Vaccination North-Western Provinces 1866-1877 - 1866-1877
Year: 1866
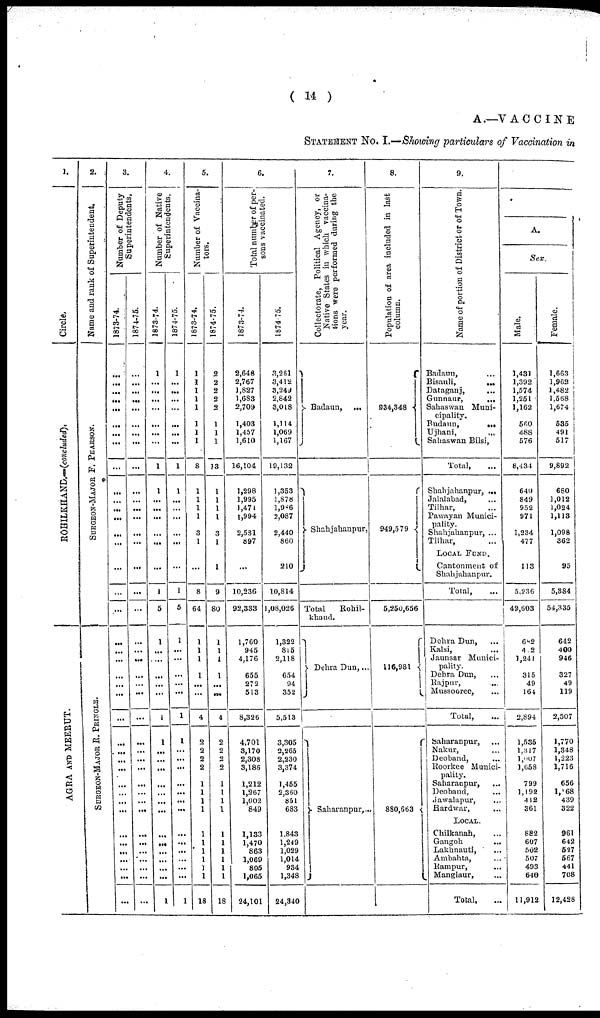
( 14 )
A—VACCINE
STATEMENT No. I.—Showing particulars of Vaccination in
1.
Circle.
ROHILKHAND.—(concluded).
AGRA AND MEERUT.
2.
Name and rank of Superintendent.
SURGEON-MAJOR F. PEARSON.
SURGEON-MAJOR R. PRINGLE.
3.
Number of Deputy
Superintendents,
1873-74.
...
...
...
...
...
...
...
...
...
...
...
...
...
...
...
...
...
...
...
...
...
...
...
...
...
...
...
...
...
...
...
...
...
...
...
...
...
...
...
...
1874-75.
...
...
...
...
...
...
...
...
...
...
...
...
...
...
...
...
...
...
...
...
...
...
...
...
...
...
...
...
...
...
...
...
...
...
...
...
...
...
...
...
4.
Number of Native
Superintendents.
1873-74.
1
...
...
...
...
...
...
...
1
1
...
...
...
...
...
...
1
5
1
...
...
...
...
...
1
1
...
...
...
...
...
...
...
...
...
...
...
...
...
1
1874-75.
1
...
...
...
...
...
...
...
1
1
...
...
...
...
...
...
1
5
1
...
...
...
...
...
1
1
...
...
...
...
...
...
...
...
...
...
...
...
...
1
5.
Number of Vaccina¬
tors.
1873-74.
1
1
1
1
1
1
1
1
8
1
1
1
1
3
1
...
8
64
1
1
1
1
...
...
4
2
2
2
2
1
1
1
1
1
1
1
1
1
1
18
1874-75.
2
2
2
2
2
1
1
1
13
1
1
1
1
3
1
1
9
80
1
1
1
1
...
...
4
2
2
2
2
1
1
1
1
1
1
1
1
1
1
18
6.
Total number of per-
sons vaccinated.
1873-74.
2,648
2,767
1,827
1,683
2,709
1,403
1,457
1,610
16,104
1,298
1,995
1,471
1,994
2,531
897
...
10,236
92,333
1,760
945
4,176
655
27 2
513
8,326
4,701
3,170
2,308
3,186
1,212
1,267
1,002
849
1,133
1,470
863
1,069
805
1,065
24,101
1874 75.
3,261
3,412
3,249
2,842
3,018
1,114
1,069
1,167
19,132
1,353
1,878
1,986
2,087
2,440
860
210
10,814
1,08,026
1,322
815
2,118
654
94
352
5,513
3,305
2,265
2,230
3,374
1,455
2,360
851
683
1,843
1,249
1,029
1,014
934
1,348
24,340
7.
Collectorate,
Political Agency, or
Native States in which vaccina-
tions were performed during the
year.
Badaun,
...
Shahjahanpur,
Total
Rohil¬
khand.
Dehra Dun,...
Saharanpur,...
8.
Population of area included in last
column.
934,348
949,579
5,250,656
116,981
880,663
9.
Name of portion of District or of Town.
Badaun, ...
Bisauli,
...
Dataganj,
Gunnaur,
...
Sahaswan Muni-
cipality.
Budaun,
...
Ujhani, ...
Sahaswan Bilsi,
Total,
Shahjahanpur, ...
Jalalabad, ...
Tilhar, ...
Pawayan Munici-
pality.
Shahjahanpur, ...
Tilhar, ...
LOCAL FUND.
Cantonment of
Shahjahanpur.
Total, ...
Dehra Dun, ...
Kalsi, ...
Jaunsar Munici-
pality.
Dehra Dun, ...
Rajpur, ...
Mussooree, ...
Total, ...
Saharanpur, ...
Nakur, ...
Deoband, ...
Roorkee Munici-
pality.
Saharanpur, ...
Deoband, ...
Jawalapur, ...
Hardwar, ...
LOCAL.
Chilkanah, ...
Gangoh ...
Lakhnauti, ...
Ambahta, ...
Rampur, ...
Manglaur, ...
Total,
A.
Sex
Male.
1,431
1,392
1,574
1,251
1,162
560
488
576
8,434
640
849
952
971
1,234
477
113
5,236
49,603
682
4.2
1,241
315
49
164
2,894
1,535
1,317
l,007
1,658
799
1,192
412
361
882
607
502
507
493
640
11,912
Female.
1,663
1,962
1,482
1,568
1,674
535
491
517
9,892
680
1,012
1,024
1,113
1,098
362
95
5,884
54,335
642
400
946
327
49
119
2,507
1,770
1,348
1,223
1,716
656
1,168
439
322
961
642
527
567
441
708
12,428